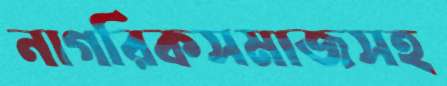
নাগরিকসমাজসহ